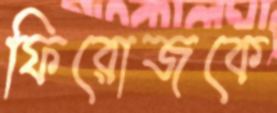
ফিরোজকে